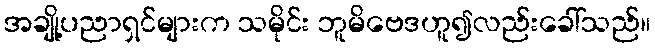
အချို့ပညာရှင်များက သမိုင်း ဘူမိဗေဒဟူ၍လည်းခေါ်သည်။